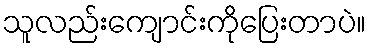
သူလည်းကျောင်းကိုပြေးတာပဲ။